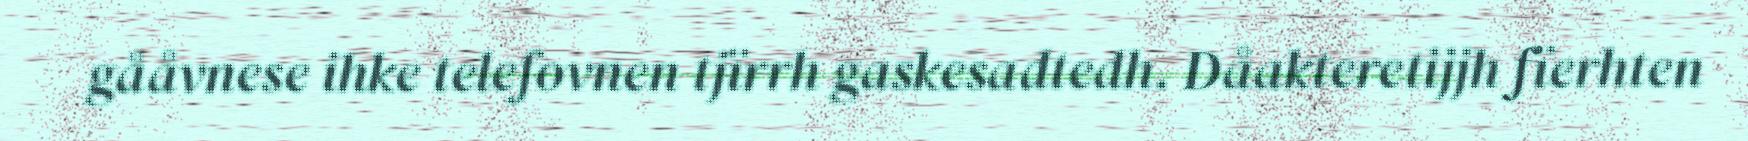
gååvnese ihke telefovnen tjïrrh gaskesadtedh. Dåakteretijjh fïerhten